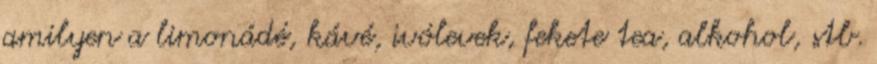
amilyen a limonádé, kávé, ivólevek, fekete tea, alkohol, stb.